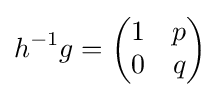
h^{-1}g={\begin{pmatrix}1&p\\0&q\end{pmatrix}}